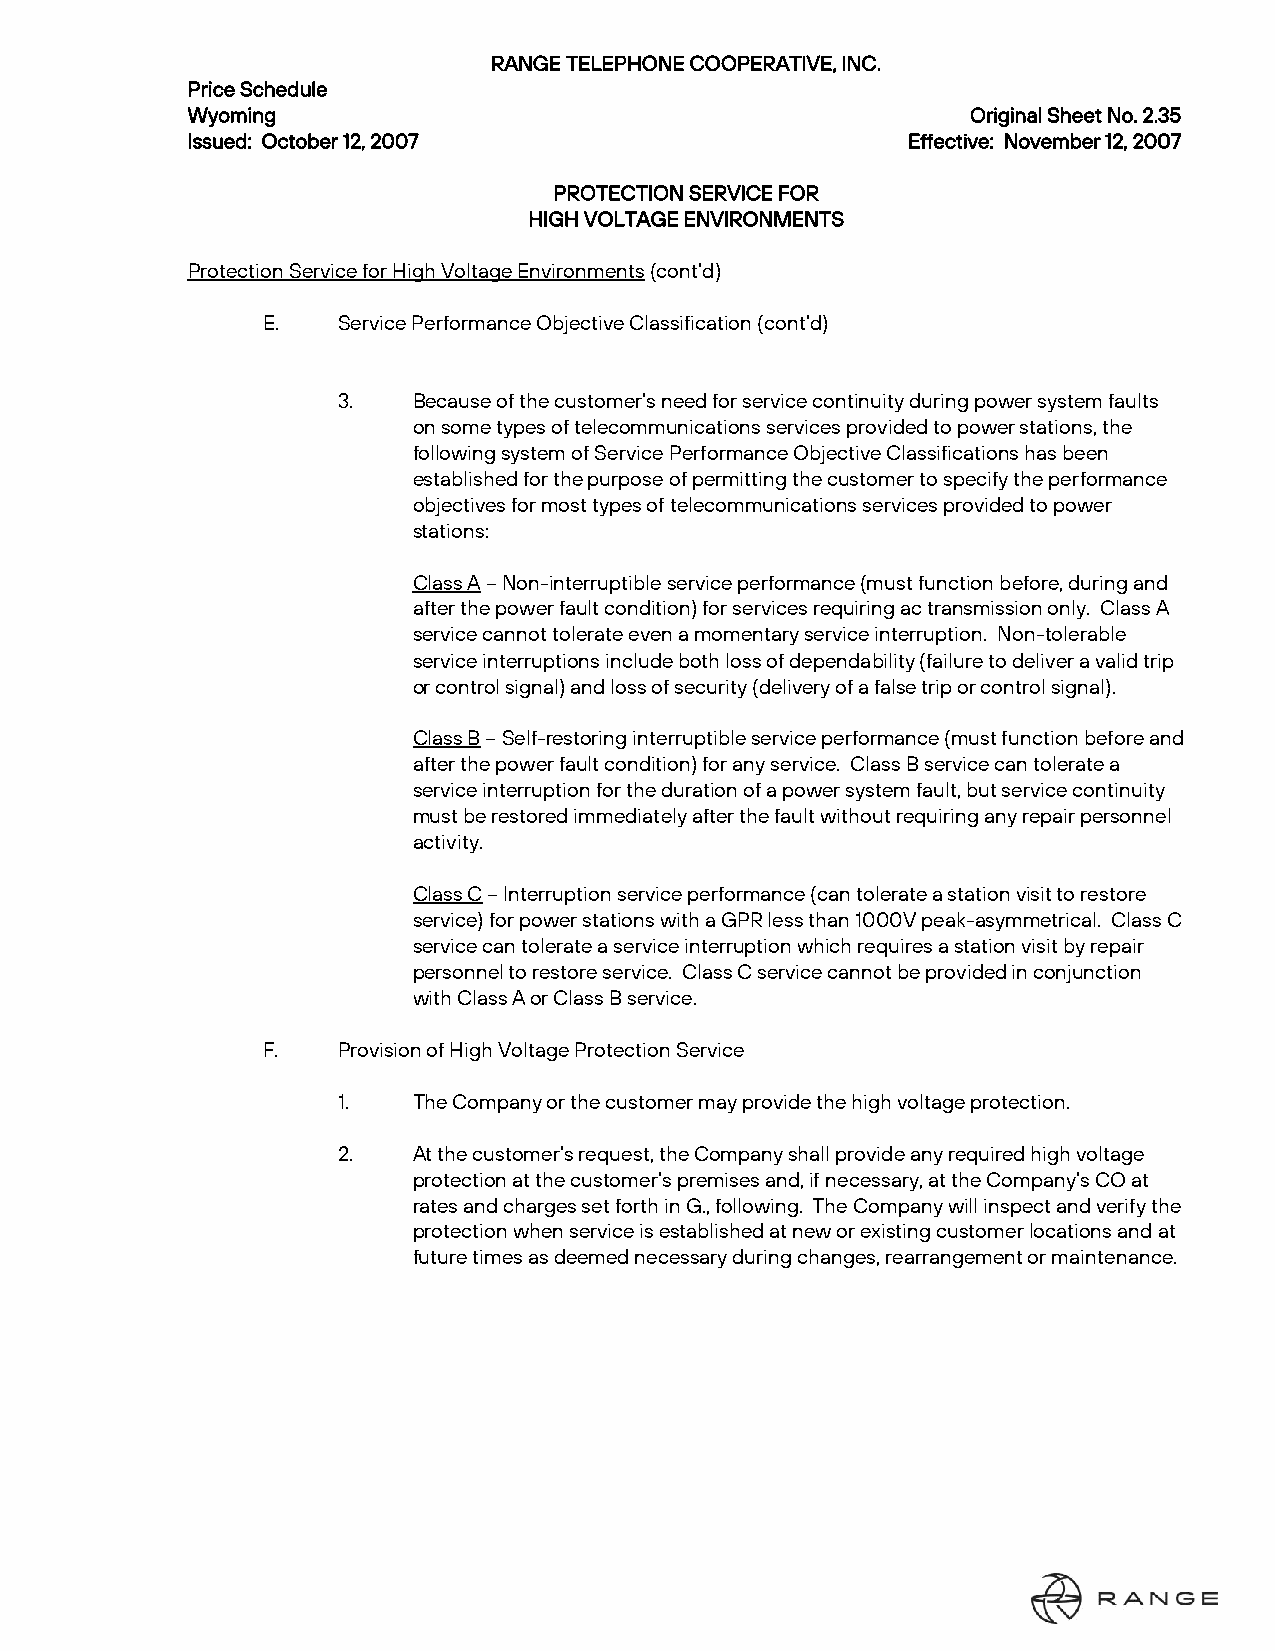
RANGE TELEPHONE COOPERATIVE, INC.
 Price Schedule
 Wyoming                                             Original Sheet No. 2.35
 Issued: October 12, 2007                        Effective: November 12, 2007
 PROTECTION SERVICE FOR
 HIGH VOLTAGE ENVIRONMENTS
 Protection Service for High Voltage Environments (cont’d)
 E.   Service Performance Objective Classification (cont’d)
 3.   Because of the customer’s need for service continuity during power system faults
 on some types of telecommunications services provided to power stations, the
 following system of Service Performance Objective Classifications has been
 established for the purpose of permitting the customer to specify the performance
 objectives for most types of telecommunications services provided to power
 stations:
 Class A – Non-interruptible service performance (must function before, during and
 after the power fault condition) for services requiring ac transmission only. Class A
 service cannot tolerate even a momentary service interruption. Non-tolerable
 service interruptions include both loss of dependability (failure to deliver a valid trip
 or control signal) and loss of security (delivery of a false trip or control signal).
 Class B – Self-restoring interruptible service performance (must function before and
 after the power fault condition) for any service. Class B service can tolerate a
 service interruption for the duration of a power system fault, but service continuity
 must be restored immediately after the fault without requiring any repair personnel
 activity.
 Class C – Interruption service performance (can tolerate a station visit to restore
 service) for power stations with a GPR less than 1000V peak-asymmetrical. Class C
 service can tolerate a service interruption which requires a station visit by repair
 personnel to restore service. Class C service cannot be provided in conjunction
 with Class A or Class B service.
 F.   Provision of High Voltage Protection Service
 1.   The Company or the customer may provide the high voltage protection.
 2.   At the customer’s request, the Company shall provide any required high voltage
 protection at the customer’s premises and, if necessary, at the Company’s CO at
 rates and charges set forth in G., following. The Company will inspect and verify the
 protection when service is established at new or existing customer locations and at
 future times as deemed necessary during changes, rearrangement or maintenance.